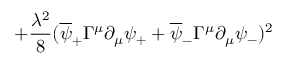
+ { \frac { \lambda ^ { 2 } } { 8 } } ( \overline { { { \psi } } } _ { + } \Gamma ^ { \mu } \partial _ { \mu } \psi _ { + } + \overline { { { \psi } } } _ { - } \Gamma ^ { \mu } \partial _ { \mu } \psi _ { - } ) ^ { 2 }